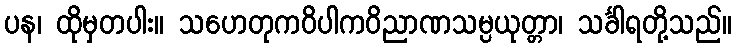
ပန၊ ထိုမှတပါး။ သဟေတုကဝိပါကဝိညာဏသမ္ပယုတ္တာ၊ သင်္ခါရတို့သည်။